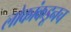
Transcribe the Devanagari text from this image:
लोकांकडूनच